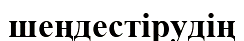
шеңдестірудің